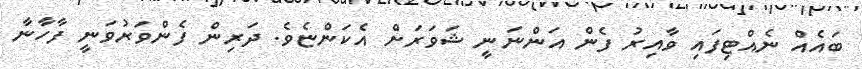
ބައެއް ނެއްޓިފައި ވާއިރު ފެން އަންނަނީ ޝަވަރަށް އެކަންޏެވެ. ދަރިން ފެންވަރުވަނީ ފާހާނާ